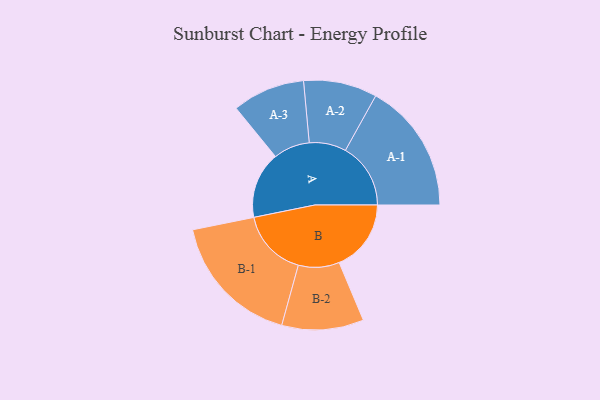
{"axis": {"x": "Segment", "y": "Value"}, "legend": ["", "A", "B"], "data": [{"x": "A", "y": 288, "type": ""}, {"x": "B", "y": 311, "type": ""}, {"x": "A-1", "y": 282, "type": "A"}, {"x": "A-2", "y": 159, "type": "A"}, {"x": "A-3", "y": 157, "type": "A"}, {"x": "B-1", "y": 292, "type": "B"}, {"x": "B-2", "y": 177, "type": "B"}]}